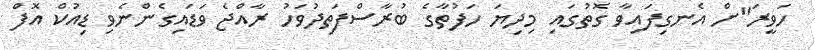
ހަވީރަ"ށް އެނގިފައިވާ ގޮތުގައި މިދިޔަ ހަފުތާގެ ބުރާސްފަތިދުވަހު ރާއްޖެ ވަޑައިގެންނެވި ޑިއުކް އޮފް